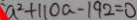
a ^ { 2 } + 1 1 0 a - 1 9 2 = 0